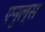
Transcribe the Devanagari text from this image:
एनुल्स